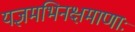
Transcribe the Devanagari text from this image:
यज्ञमभिनक्षमाणाः